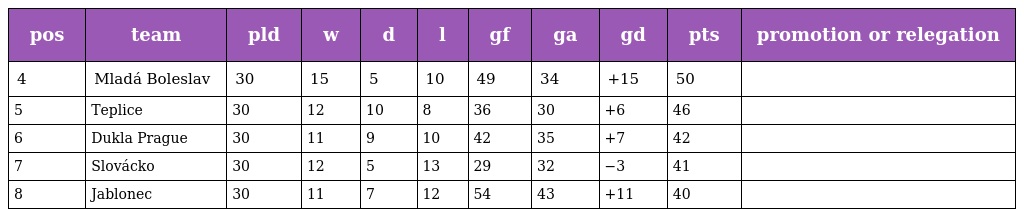
| pos | team | pld | w | d | l | gf | ga | gd | pts | promotion or relegation |
 | --- | --- | --- | --- | --- | --- | --- | --- | --- | --- | --- |
 | 4 | Mladá Boleslav | 30 | 15 | 5 | 10 | 49 | 34 | +15 | 50 |  |
 | 5 | Teplice | 30 | 12 | 10 | 8 | 36 | 30 | +6 | 46 |  |
 | 6 | Dukla Prague | 30 | 11 | 9 | 10 | 42 | 35 | +7 | 42 |  |
 | 7 | Slovácko | 30 | 12 | 5 | 13 | 29 | 32 | −3 | 41 |  |
 | 8 | Jablonec | 30 | 11 | 7 | 12 | 54 | 43 | +11 | 40 |  |